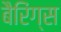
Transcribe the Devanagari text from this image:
बैरिंग्स